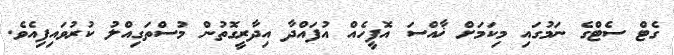
ގެޓް ސެޓްގެ ނަމުގައި މިކަމަށް ޚާއްސަ އޮފީހެއް އުފައްދާ އިދާރީގޮތުން މުސްތަގިއްލު ކުރުވައިފިއެވެ.